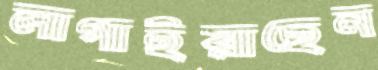
লাগাইয়াছেন